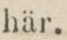
här.